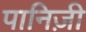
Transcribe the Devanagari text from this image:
पानिज़ी